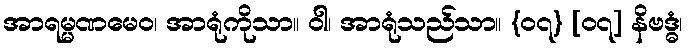
အာရမ္မဏမေဝ၊ အာရုံကိုသာ။ ဝါ၊ အာရုံသည်သာ။ {၀၇} [၀၇] နိဗဒ္ဓံ၊